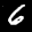
Label: 6